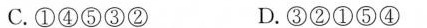
C.①④⑤③② D.③②①⑤④